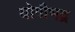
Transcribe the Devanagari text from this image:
योगीभद्र